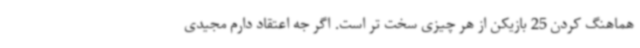
هماهنگ کردن 25 بازیکن از هر چیزی سخت تر است. اگر جه اعتقاد دارم مجیدی